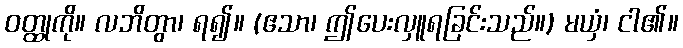
ဝတ္ထုကို။ လဘိတွာ၊ ရ၍။ (ဧသာ၊ ဤပေးလှူရခြင်းသည်။) မယှံ၊ ငါ၏။